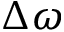
\Delta \omega